Annual report of the Punjab Veterinary College and of the Civil Veterinary Department, Punjab - 1894-1908
Year: 1894
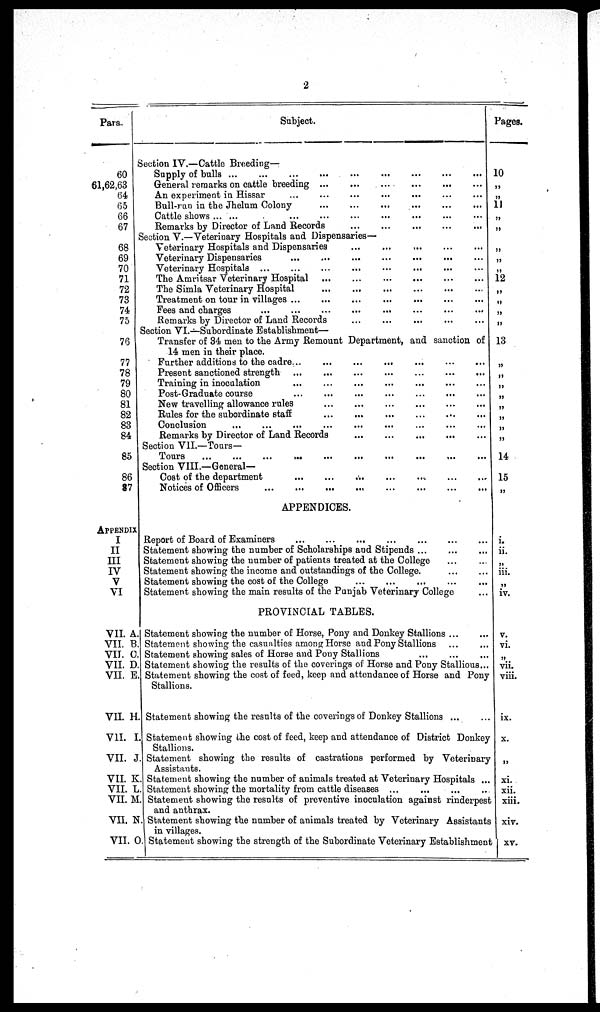
2
Para.
60
61,62,63
64
65
66
67
68
69
70
71
72
73
74
75
76
77
78
79
80
81
82
83
84
85
86
87
APPENDIX
I
II
III
IV
V
VI
VII. A.
VII. B.
VII. C.
VII. D.
VII. E.
VII. H.
VII. I.
VII. J.
VII. K.
VII. L.
VII. M.
VII, N.
VII. O
Subject.
Section IV.—Cattle Breeding—
Supply of bulls ...
...
...
...
...
...
General remarks on cattle breeding
…
…
…
…
…
...
An experiment in Hissar … … … … …
Bull-ran in the Jhelum Colony … … … … …
Cattle shows … … … … …
Remarks by Director of Land Records
... ...… … … … …
Section V.—Veterinary Hospitals and Dispensaries—
Veterinary Hospitals and Dispensaries
...
... … … … … …
Veterinary Dispensaries
...
... … … … … …
Veterinary Hospitals … … … … … … … … … …
The Amritsar Veterinary Hospital ...
... … … … … …
The Simla Veterinary Hospital … … … … … … … … … …
Treatment on tour in villages ... … … … … … … … … … …
Fees and charges … … … … … … … … … …
Remarks by Director of Land Records … … … … … … … … … …
Section VI.—Subordinate Establishment—
Transfer of 34 men to the Army Remount Department, and sanction of
14 men in their place.
Further additions to the cadre...
...
...
...
...
...
Present sanctioned strength ... … … … … … … … … … …
Training in inoculation … … … … … … … … … …
Post-Graduate course … … … … … … … … … …
New travelling allowance rules … … … … … … … … … …
Rules for the subordinate staff … … … … … … … … … …
Conclusion … … … … … … … … … …
Remarks by Director of Land Records … … … … … … … … … …
Section VII.—Tours-
Tours … … … … … … … … … …
Section VIII.—General—
Cost of the department … … … … … … … … … …
Notices of Officers … … … … … … … … … …
APPENDICES.
Report of Board of Examiners … … … … … … … … … …
Statement showing the number of Scholarships and Stipends ... ... ...
Statement showing the number of patients treated at the College ... ...
Statement showing the income and outstandings of the College. ... ...
Statement showing the cost of the College … … … … …
Statement showing the main results of the Punjab Veterinary College ...
PROVINCIAL TABLES.
Statement showing the number of Horse, Pony and Donkey Stallions ... ...
Statement showing the casualties among Horse and Pony Stallions ... ...
Statement showing sales of Horse and Pony Stallions ... ... ...
Statement showing the results of the coverings of Horse and Pony Stallions ...
Statement showing the cost of feed, keep and attendance of Horse and Pony
Stallions.
Statement showing the results of the coverings of Donkey Stallions ... ...
Statement showing the cost of feed, keep and attendance of District Donkey
Stallions.
Statement showing the results of castrations performed by Veterinary
Assistants.
Statement showing the number of animals treated at Veterinary Hospitals ... ...
Statement showing the mortality from cattle diseases … … … … …
Statement showing the results of preventive inoculation against rinderpest
and anthrax.
Statement showing the number of animals treated by Veterinary Assistants
in villages.
Statement showing the strength of the Subordinate Veterinary Establishment
Pages.
10
„
„
11
„
„
„
„
„
12
„
„
„
„
13
14
15
„
i.
ii.
iii.
iv.
v.
vi.
vii.
viii.
ix.
X.
„
xi.
xii.
xiii.
xiv.
xv.